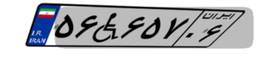
۵۶W۶۵۷۰۶